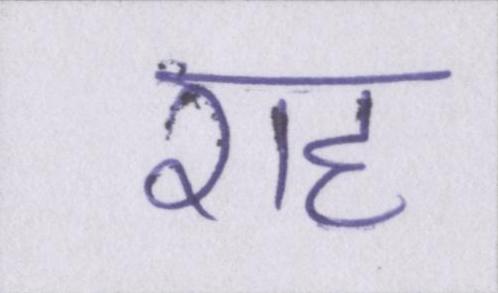
राह